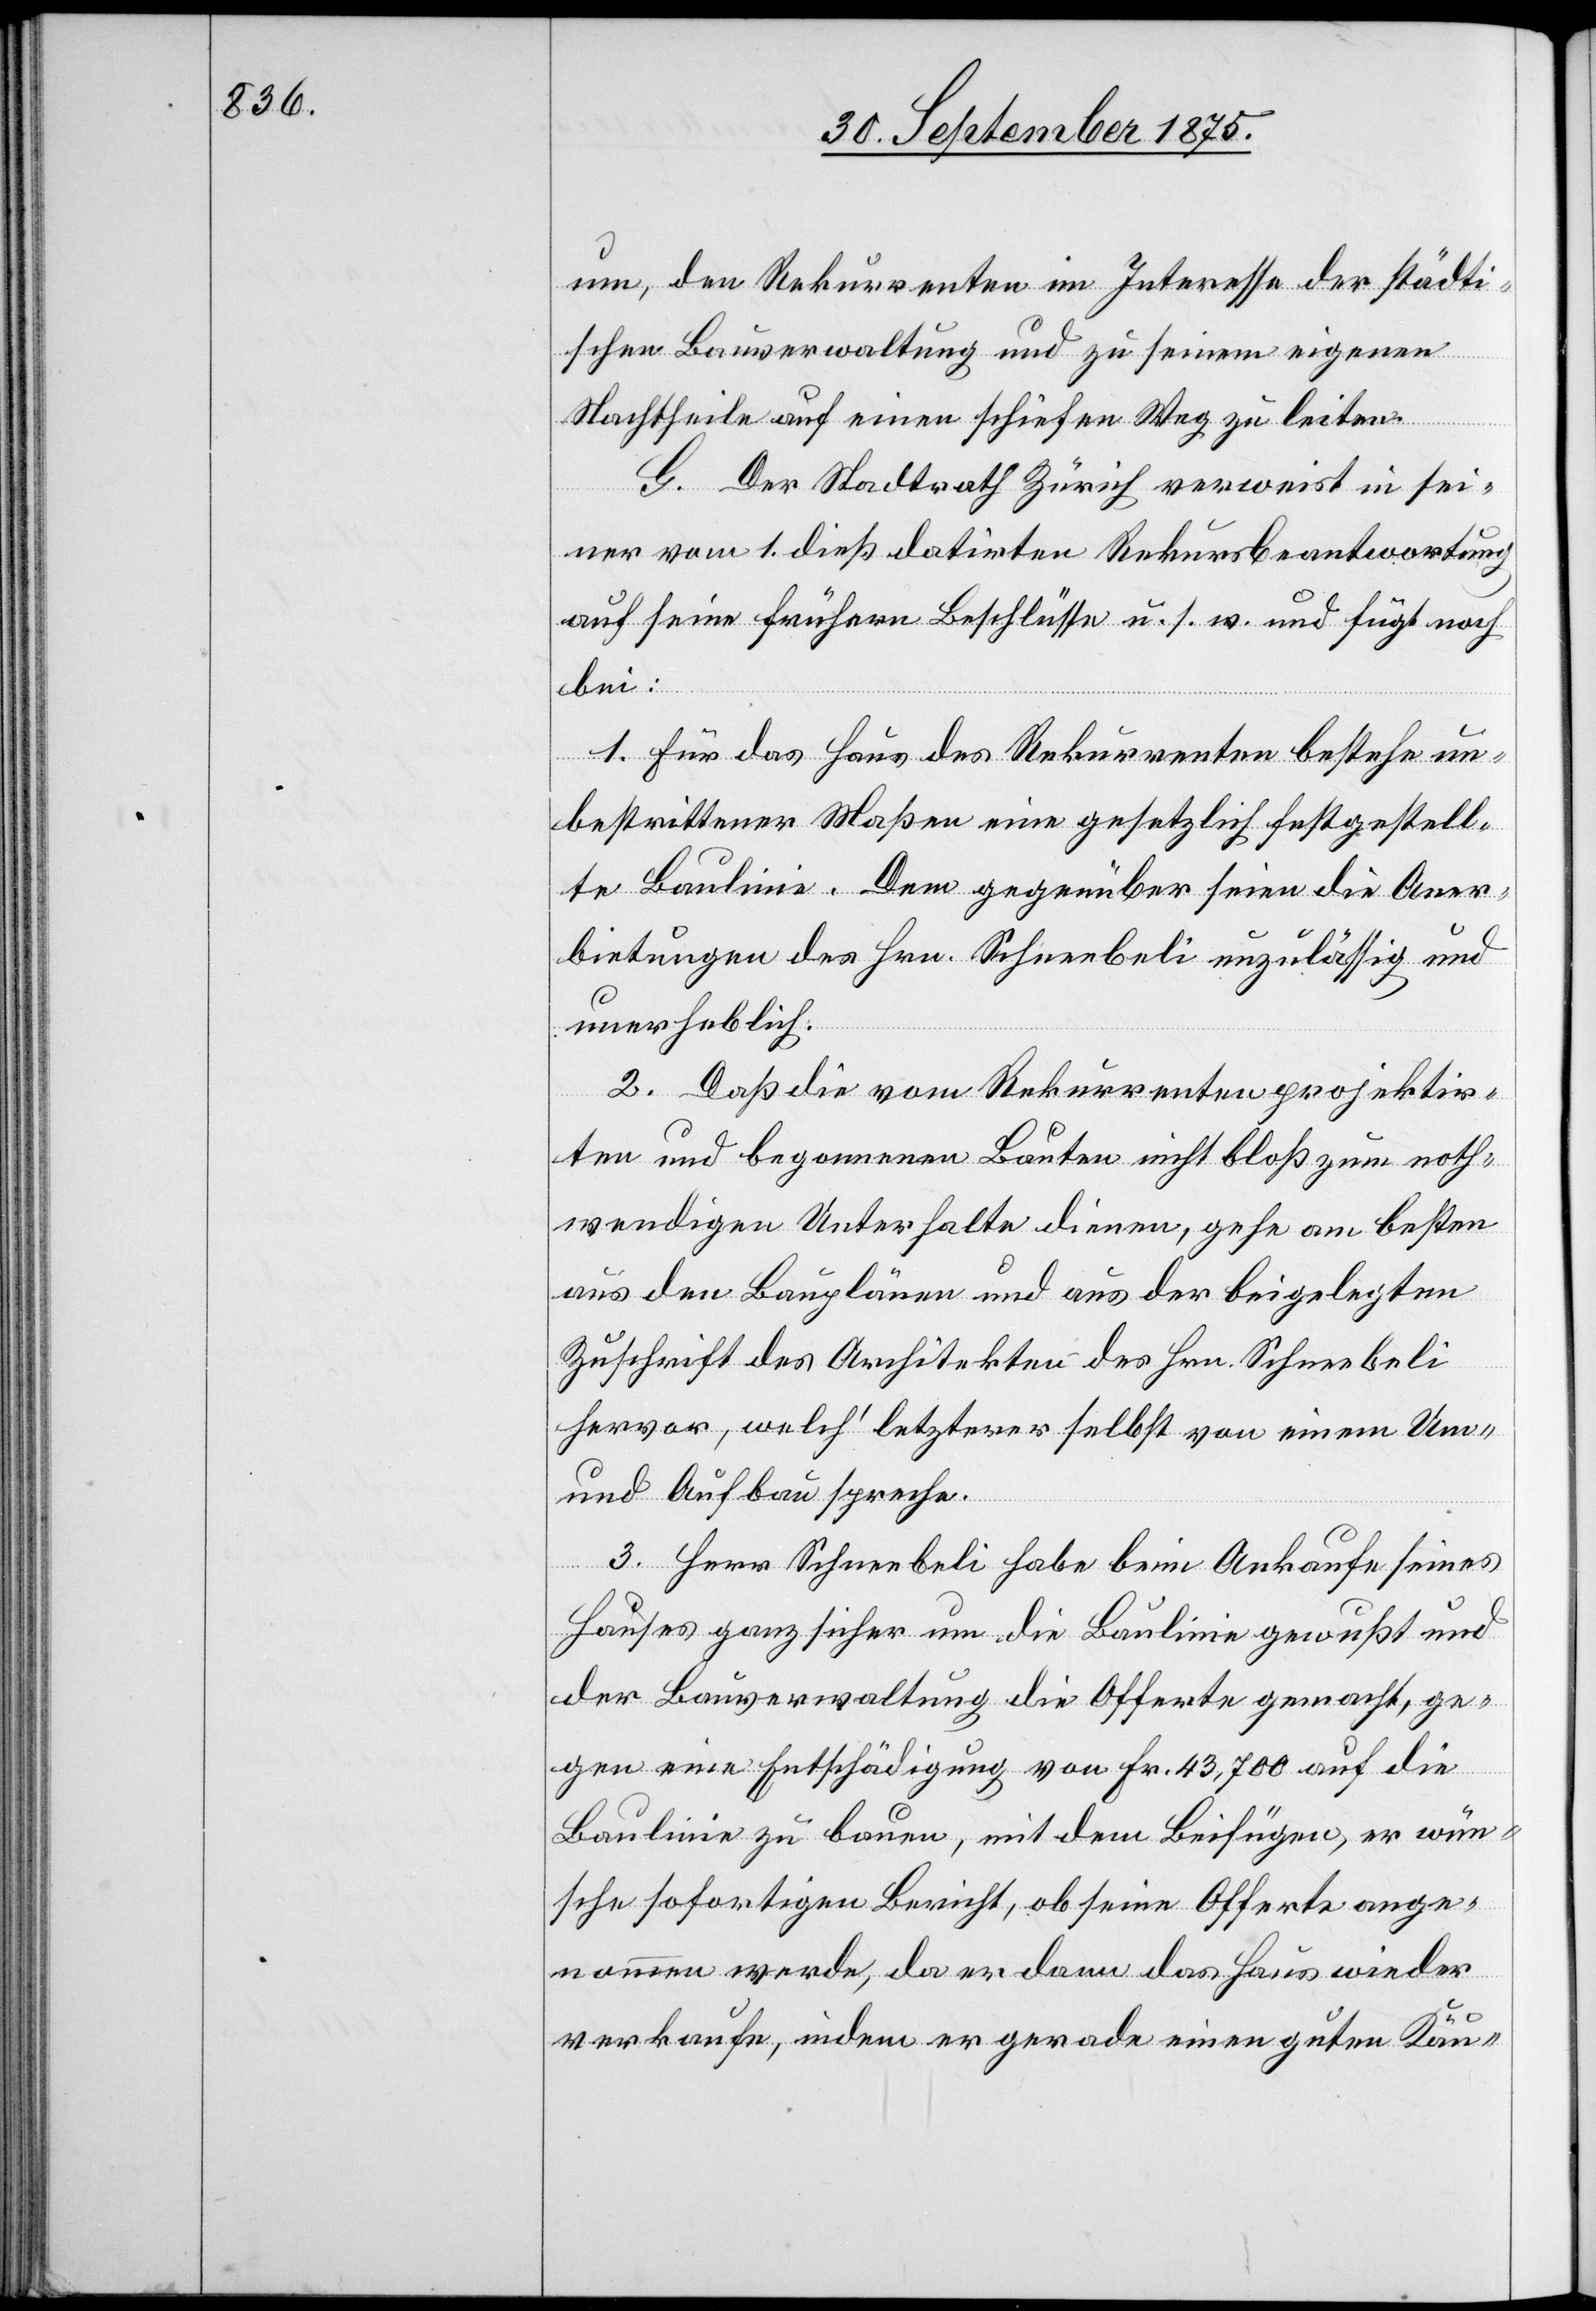
um, den Rekurrenten im Interesse der städti¬
schen Bauverwaltung und zu seinem eigenen
Nachtheile auf einen schiefen Weg zu leiten.
G. Der Stadtrath Zürich verweist in sei¬
ner vom 1. dieß datirten Rekursbeantwortung
auf seine frühern Beschlüsse u. s. w. und fügt noch
bei:
1. Für das Haus des Rekurrenten bestehe un¬
bestrittener Maßen eine gesetzlich festgestell¬
te Baulinie. Dem gegenüber seien die Aner¬
bietungen des Hrn. Schneebeli unzulässig und
unerheblich.
2. Daß die vom Rekurrenten projektir¬
ten und begonnenen Bauten nicht bloß zum noth¬
wendigen Unterhalte dienen, gehe am besten
aus den Bauplänen und aus der beigelegten
Zuschrift des Architekten des Hrn. Schneebeli
hervor, welch‘ letzterer selbst von einem Um-
und Aufbau spreche.
3. Herr Schneebeli habe beim Ankaufe seines
Hauses ganz sicher um die Baulinie gewußt und
der Bauverwaltung die Offerte gemacht, ge¬
gen eine Entschädigung von Fr. 43,700 auf die
Baulinie zu bauen, mit dem Beifügen, er wün¬
sche sofortigen Bericht, ob seine Offerte ange¬
nommen werde, da er dann das Haus wieder
verkaufe, indem er gerade einen guten Käu-